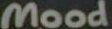
Mood